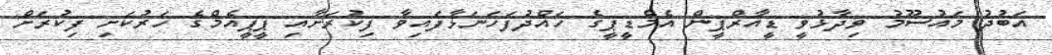
އަބުދު މައުސޫމު ވިދާޅުވީ ޑީއާރްޕީން އެމްޑީޕީގެ ހައްދުފަހަނަޅާފައިވާ ފިކުރަށާއި ޕީޕީއެމްގެ ހަރުކަށި ފިކުރަށް